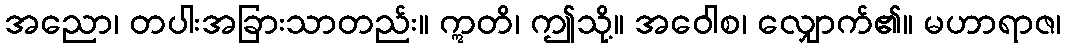
အညော၊ တပါးအခြားသာတည်း။ ဣတိ၊ ဤသို့။ အဝေါစ၊ လျှောက်၏။ မဟာရာဇ၊